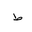
Letter: _da